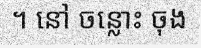
។ នៅ ចន្លោះ ចុង